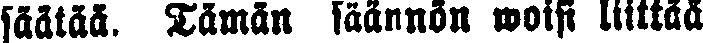
säätää. Tämän säännön woisi liittää